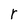
Character: r